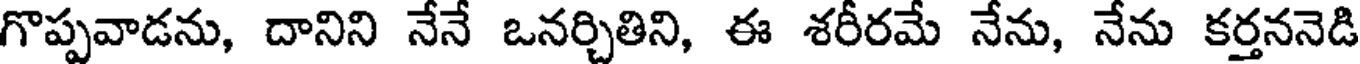
గొప్పవాడను, దానిని నేనే ఒనర్చితిని, ఈ శరీరమే నేను, నేను కర్తననెడి